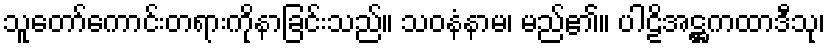
သူတော်ကောင်းတရားကိုနာခြင်းသည်။ သဝနံနာမ၊ မည်၏။ ပါဠိအဋ္ဌကထာဒီသု၊